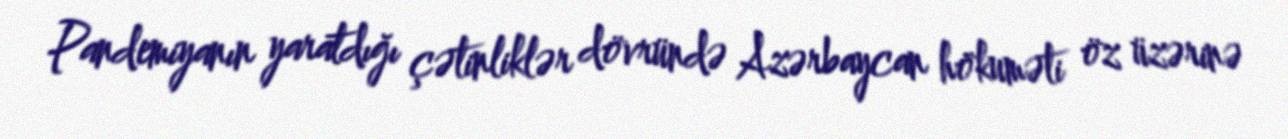
Pandemiyanın yaratdığı çətinliklər dövründə Azərbaycan hökuməti öz üzərinə